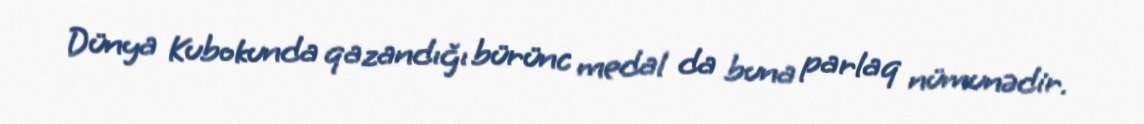
Dünya Kubokunda qazandığı bürünc medal da buna parlaq nümunədir.